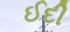
ઈદી